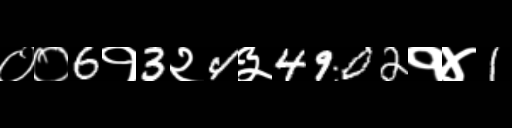
Text: ००6१3२4३4902१४1